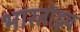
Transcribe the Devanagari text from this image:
भारतोद्भव